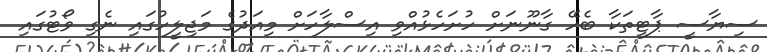
ސިޔާސީ ޕާޓީތަކާ ބެހޭ ގާނޫނަށް ހުށަހެޅުއްވި އިސްލާހަށް މިއަދުގެ މަޖިލީހުގައި ނެގި ވޯޓުގައި